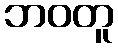
ဘဝတူ